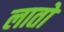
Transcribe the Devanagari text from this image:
लातो